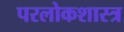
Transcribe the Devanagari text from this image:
परलोकशास्त्र